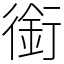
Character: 銜